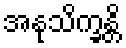
အနုသိက္ခန္တိ